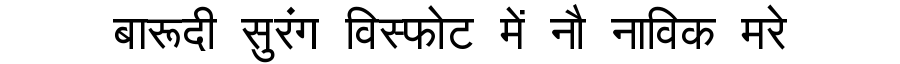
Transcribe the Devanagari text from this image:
बारूदी सुरंग विस्फोट में नौ नाविक मरे